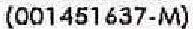
(001451637-M)